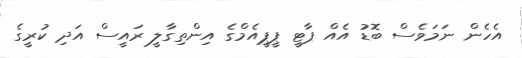
އެހެން ނަމަވެސް ބޮޑު އެއް ޕާޓީ ޕީޕީއެމްގެ އިންތިގާލީ ރައީސް އަދި ކުރީގެ